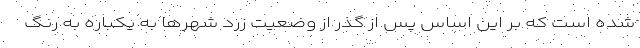
شده است که بر این اساس پس از گذر از وضعیت زرد شهرها به یکباره به رنگ